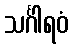
သင်္ဂါရဝံ